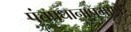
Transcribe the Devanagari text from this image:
पंतप्रधानाप्रमाणे